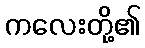
ကလေးတို့၏